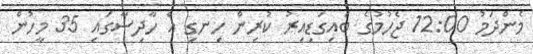
މެންދަމު 12:00 ޖެހުމުގެ ބައިގަޑިއިރު ކުރިން ހިނގި އެ ހާދިސާގައި 35 މީހުން